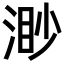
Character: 渺